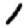
Digit: 1